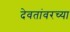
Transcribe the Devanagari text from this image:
देवतांवरच्या